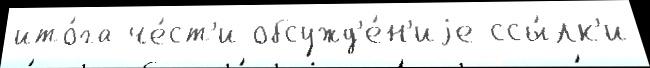
ито́га че́ст'и обсужд'е́н'иjе ссы́лк'и